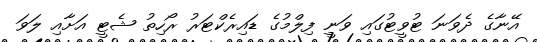
އޭނާގެ ދެވަނަ ޓުވީޓުގައި ވަނީ ފިލްމުގެ ޑައިރެކްޓަރު ރޯހިތު ޝެޓީ އަށާއި ލަވަ